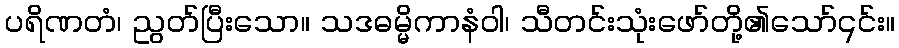
ပရိဏတံ၊ ညွတ်ပြီးသော။ သဒဓမ္မိကာနံဝါ၊ သီတင်းသုံးဖော်တို့၏သော်၎င်း။